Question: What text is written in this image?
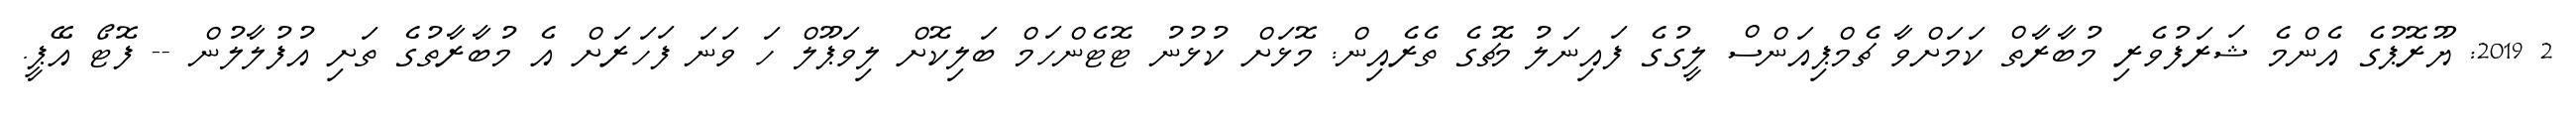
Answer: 2 2019: ޔޫރޮޕުގެ އެންމެ ޝަރަފުވެރި މުބާރާތް ކަމަށްވާ ޗެމްޕިއަންސް ލީގުގެ ފައިނަލު މެޗުގެ ތެރެއިން: މޮޅަށް ކުޅުނު ޓޮޓެންހަމް ބަލިކޮށް ލިވަޕޫލް ހަ ވަނަ ފަހަރަށް އެ މުބާރާތުގެ ތަށި އުފުލާލުން -- ފޮޓޯ އޭޕީ.